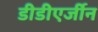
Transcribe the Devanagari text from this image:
डीडीएर्जीन